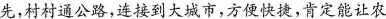
先，村村通公路，连接到大城市，方便快捷，肯定能让农